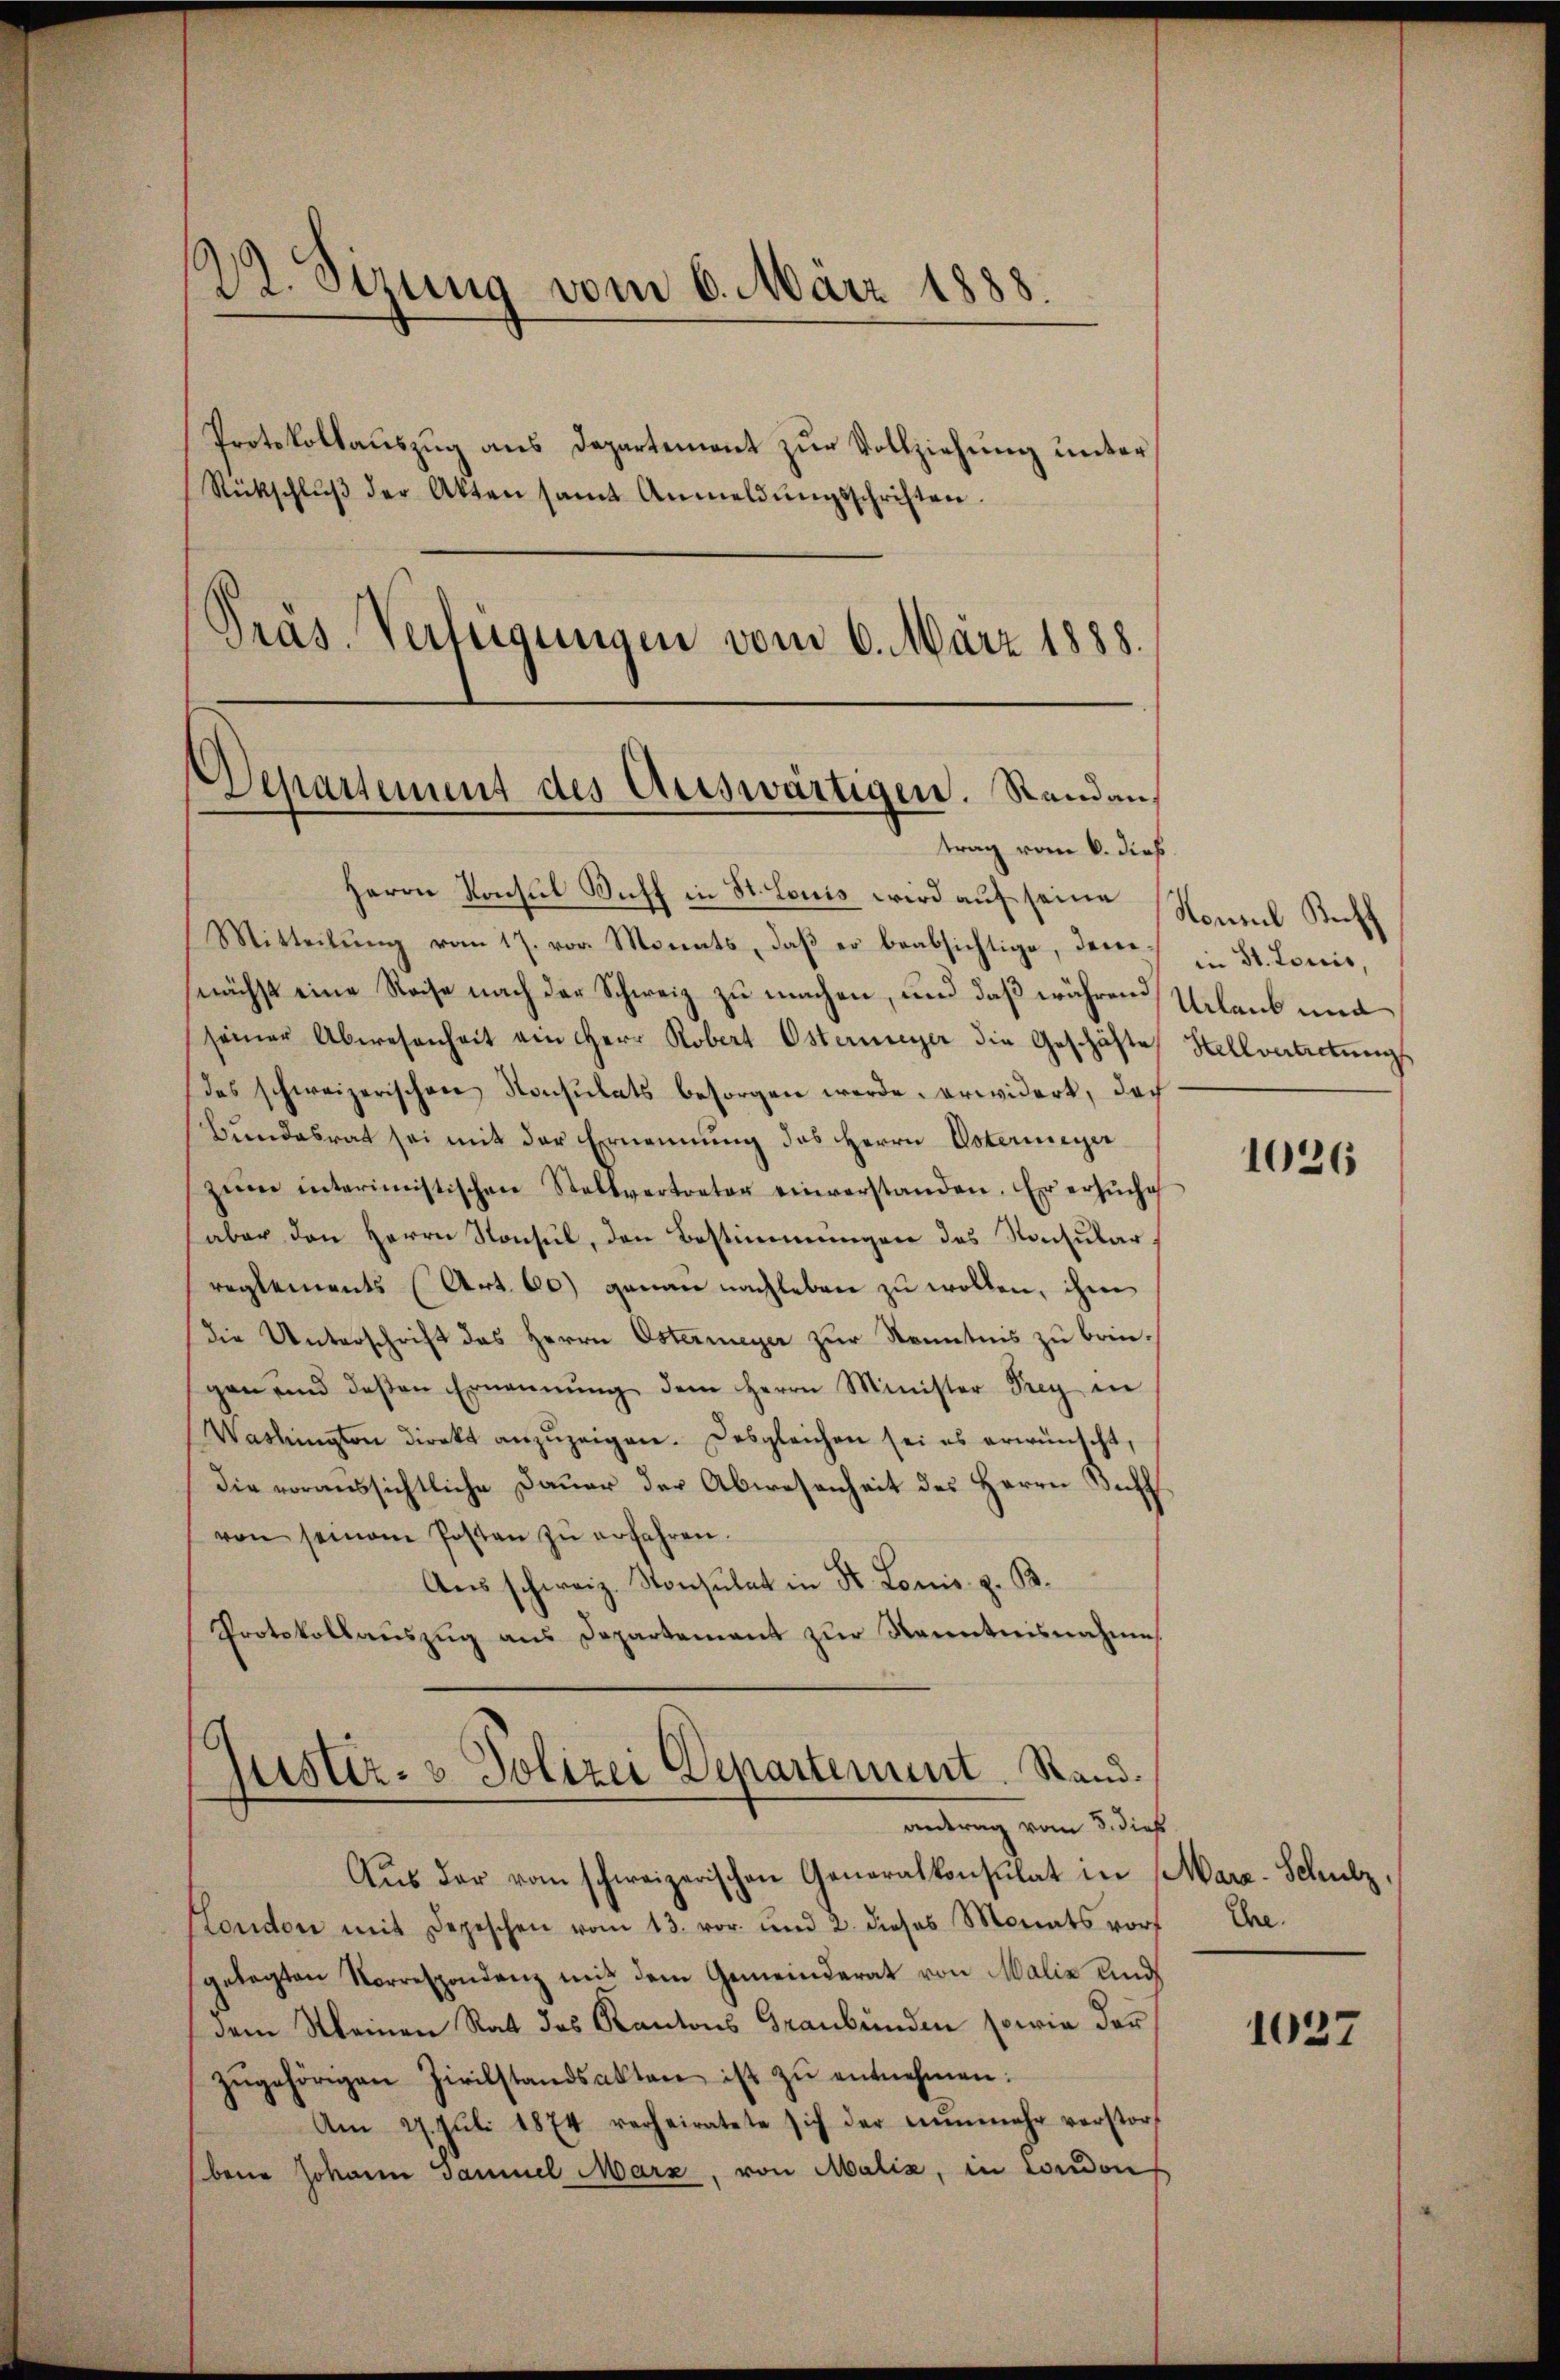
22. Sizung vom 6. März 1888.
Protokollauszug aus Departement zur Vollziehung unter
Rückschlŭβ der Akten samt Anmeldŭngsschriften.
Präs. Verfügungen vom 6. März 1888.

Departement des Auswärtigen. Standantrag vom 6. dieß

Herrn Konsul Soff in St. Louis wird auf seine Nonnel Keff
Mitteilŭng vom 17. vor. Monats, daβ er beabsichtige, dene
nächst eine Reise nach der Schweiz zu machen, und daß während
seiner Abwesenheit ein Herr Robert Ostermeyer die Geschäfte Hellvertretungs
des schweizerischen Konsulats besorgen werde, erwidert, doch
bundesrat sei mit der Ernennung des Herrn Doterimeyer
zem interimistischen Stellvertreter einverstanden. Er ersŭche
(aber den Herrn Konsul, den Bestimmungen des Konsularreglements (Art. 60) genau nachleben zu wollen, ihm
die Unterschrift des Herrn Ostermeyer zur Kenntnis zu bringen und deßen Ernennung dem Herrn Minister Frey in
Washington direkt anzŭzeigen. Desgleichen sei es erwünscht,
Die voraussichtliche Dauer der Abwesenheit des Herrn Diff
von seinem Posten zŭ erfahren.
Ausschweiz. Konsulat in St. Louis. z. B.
Protokollaŭszŭg ans Departement zŭr Kenntnisnahme
Justiz- & Polizei Departement. Stand.

antrag vom 8. dieß,

Aŭs der vom schweizerischen Generalkonsulat in Marz-Schulz,
Hondon mit Depeschen vom 13. vor. und 2. dieses Monats vorgelegten Vorrespondenz mit dem Gemeinderat von Malia und
dem Meinen Rat des Kantons Graubünden sowie der
zŭgehörigen Zivilstandsakten ist zŭ entnehmen:
Am 27. Jŭli 1874 verheiratete sich der nŭnmehr verstor
bene Johann Gaumel Marz, von Malis, in Condons

in St. Louis,
Urlaub und

1026

Ehe.

1037